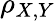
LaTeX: \rho_{X,Y}